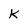
Character: K